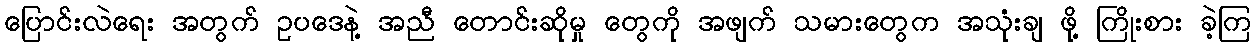
ပြောင်းလဲရေး အတွက် ဥပဒေနဲ့ အညီ တောင်းဆိုမှု တွေကို အဖျက် သမားတွေက အသုံးချ ဖို့ ကြိုးစား ခဲ့ကြ